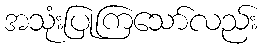
အသုံးပြုကြသော်လည်း